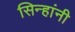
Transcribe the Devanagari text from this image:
सिन्हांनी